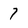
Character: 7